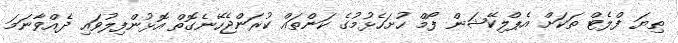
ތިޔަ ފްލެޓް ތަކަށް އެޕްލިކޭޝަން ފޯމް ހުށަހެޅުމުގެ ކަންތައް ކުރަންޖެހޭނެގޮތް އޮޅުންފިލުވައި ދެއްވާނަމަ